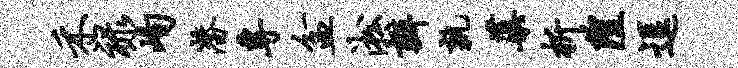
禾禄峋潜专盆淞瓣孰蕖析隍逗